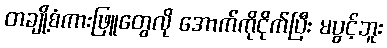
တချို့စံကားဖြူတွေလို အောက်ကိုငိုက်ပြီး မပွင့်ဘူး